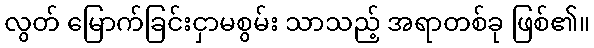
လွတ် မြောက်ခြင်းငှာမစွမ်း သာသည့် အရာတစ်ခု ဖြစ်၏။